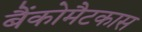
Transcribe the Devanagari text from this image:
बैंकोमैटकास